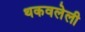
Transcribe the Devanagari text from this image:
थकवलेली